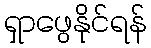
ရှာဖွေနိုင်ရန်